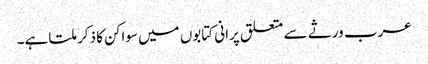
عرب ورثے سے متعلق پرانی کتابوں میں سواکن کا ذکر ملتا ہے۔